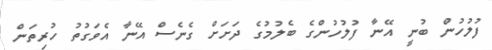
ފުލުހުން ބުނީ އޭނާ ފުލުހުންގެ ބެލުމުގެ ދަށަށް ގެނެސް އޭނާ އެވަގުތު ހުރިތަން